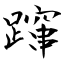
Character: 蹿